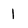
Character: 1